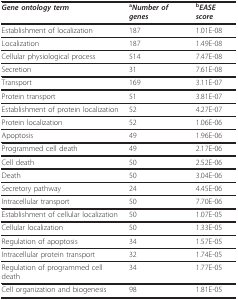
<table><thead><tr><td><b><i>Gene ontology term</i></b></td><td><b><sup>a</sup><i>Number of genes</i></b></td><td><b><sup>b</sup><i>EASE score</i></b></td></tr></thead><tbody><tr><td>Establishment of localization</td><td>187</td><td>1.01E-08</td></tr><tr><td>Localization</td><td>187</td><td>1.49E-08</td></tr><tr><td>Cellular physiological process</td><td>514</td><td>7.47E-08</td></tr><tr><td>Secretion</td><td>31</td><td>7.61E-08</td></tr><tr><td>Transport</td><td>169</td><td>3.11E-07</td></tr><tr><td>Protein transport</td><td>51</td><td>3.81E-07</td></tr><tr><td>Establishment of protein localization</td><td>52</td><td>4.27E-07</td></tr><tr><td>Protein localization</td><td>52</td><td>1.06E-06</td></tr><tr><td>Apoptosis</td><td>49</td><td>1.96E-06</td></tr><tr><td>Programmed cell death</td><td>49</td><td>2.17E-06</td></tr><tr><td>Cell death</td><td>50</td><td>2.52E-06</td></tr><tr><td>Death</td><td>50</td><td>3.04E-06</td></tr><tr><td>Secretory pathway</td><td>24</td><td>4.45E-06</td></tr><tr><td>Intracellular transport</td><td>50</td><td>7.70E-06</td></tr><tr><td>Establishment of cellular localization</td><td>50</td><td>1.07E-05</td></tr><tr><td>Cellular localization</td><td>50</td><td>1.33E-05</td></tr><tr><td>Regulation of apoptosis</td><td>34</td><td>1.57E-05</td></tr><tr><td>Intracellular protein transport</td><td>32</td><td>1.74E-05</td></tr><tr><td>Regulation of programmed cell death</td><td>34</td><td>1.77E-05</td></tr><tr><td>Cell organization and biogenesis</td><td>98</td><td>1.81E-05</td></tr></tbody></table>